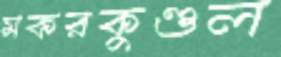
মকরকুণ্ডল